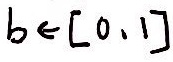
b \in [ 0 , 1 ]